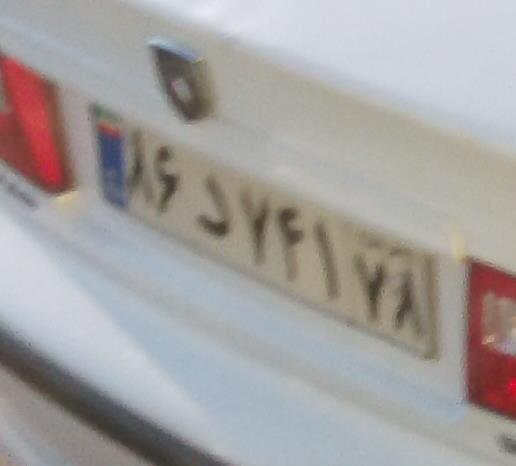
۸۶د۷۴۱۷۸